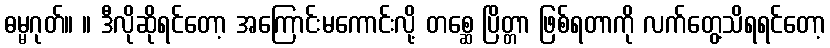
ဓမ္မဂုတ်။ ။ ဒီလိုဆိုရင်တော့ အကြောင်းမကောင်းလို့ တစ္ဆေ ပြိတ္တာ ဖြစ်ရတာကို လက်တွေ့သိရရင်တော့